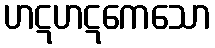
ဟဋဟဋကေသော